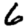
Digit: 6